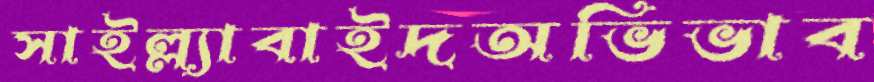
সাইল্ল্যাবাইদঅভিভাব